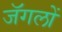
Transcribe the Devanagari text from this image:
जॅगलों